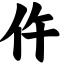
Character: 仵